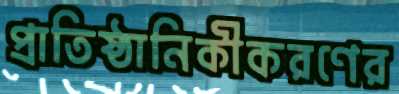
প্রাতিষ্ঠানিকীকরণের